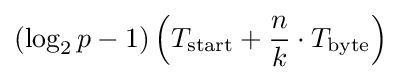
(\log _{2}p-1)\left(T_{\mathrm {start} }+{\frac {n}{k}}\cdot T_{\mathrm {byte} }\right)